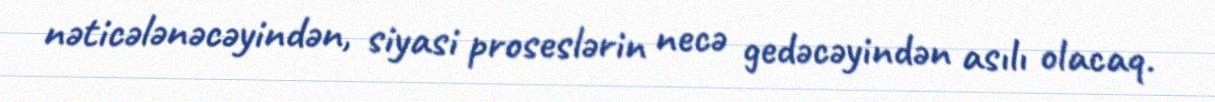
nəticələnəcəyindən, siyasi proseslərin necə gedəcəyindən asılı olacaq.